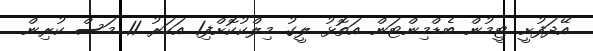
އޭދަފުށީ ޓީމުން ބެޑްމިންޓަން އަތޮޅު ލީގު މިލްކުކޮށްފި1 އަހަރު 11 މަސް ކުރިން.